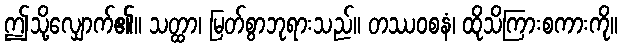
ဤသို့လျှောက်၏။ သတ္ထာ၊ မြတ်စွာဘုရားသည်။ တဿဝစနံ၊ ထိုသိကြားစကားကို။